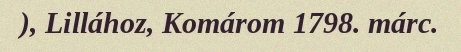
), Lillához, Komárom 1798. márc.